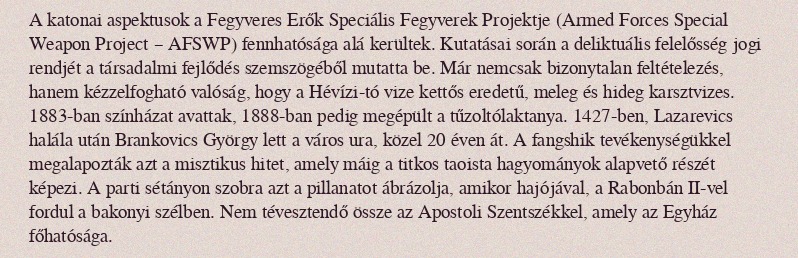
A katonai aspektusok a Fegyveres Erők Speciális Fegyverek Projektje (Armed Forces Special Weapon Project – AFSWP) fennhatósága alá kerültek. Kutatásai során a deliktuális felelősség jogi rendjét a társadalmi fejlődés szemszögéből mutatta be. Már nemcsak bizonytalan feltételezés, hanem kézzelfogható valóság, hogy a Hévízi-tó vize kettős eredetű, meleg és hideg karsztvizes. 1883-ban színházat avattak, 1888-ban pedig megépült a tűzoltólaktanya. 1427-ben, Lazarevics halála után Brankovics György lett a város ura, közel 20 éven át. A fangshik tevékenységükkel megalapozták azt a misztikus hitet, amely máig a titkos taoista hagyományok alapvető részét képezi. A parti sétányon szobra azt a pillanatot ábrázolja, amikor hajójával, a Rabonbán II-vel fordul a bakonyi szélben. Nem tévesztendő össze az Apostoli Szentszékkel, amely az Egyház főhatósága.